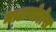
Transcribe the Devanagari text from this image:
माटामोरोस